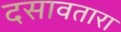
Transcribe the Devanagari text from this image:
दसावतारा